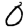
Digit: 0